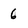
Character: 6